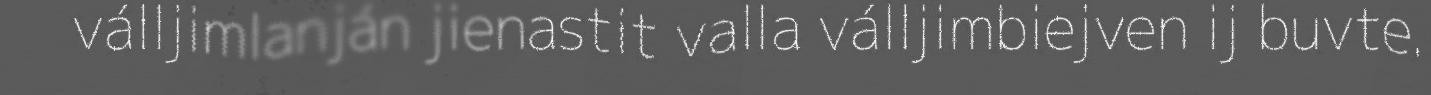
válljimlanján jienastit valla válljimbiejven ij buvte.